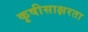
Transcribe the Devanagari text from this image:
कृषीसाक्षरता